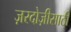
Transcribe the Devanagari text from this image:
ज़रदोज़ीसाठी